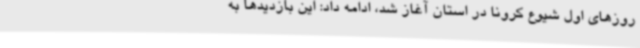
روزهای اول شیوع کرونا در استان آغاز شد، ادامه داد: این بازدیدها به